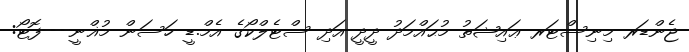
ޖެންޑަރ މިނިސްޓަރ ޢައިޝަތު މުޙައްމަދު ދީދީ އަދި ސްޓެލްކޯގެ އެމް.ޑީ ހަސަން މުޣްނީ---ފޮޓޯ: